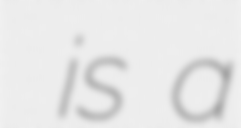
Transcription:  is a